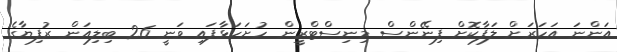
އަންނަ އަހަރަށް ލަފާކޮށް ފިނޭންސް މިނިސްޓްރީން ހުށަހަޅާފައި ވަނީ 26 ބިލިއަން ރުފިޔާގެ